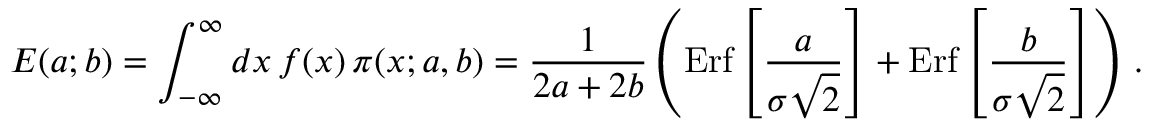
E ( a ; b ) = \int _ { - \infty } ^ { \infty } d x \, f ( x ) \, \pi ( x ; a , b ) = { \frac { 1 } { 2 a + 2 b } } \left( \mathrm { E r f } \left[ { \frac { a } { \sigma \sqrt 2 } } \right] + \mathrm { E r f } \left[ { \frac { b } { \sigma \sqrt 2 } } \right] \right) \, .